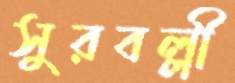
সুরবল্লী